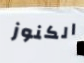
الكنوز